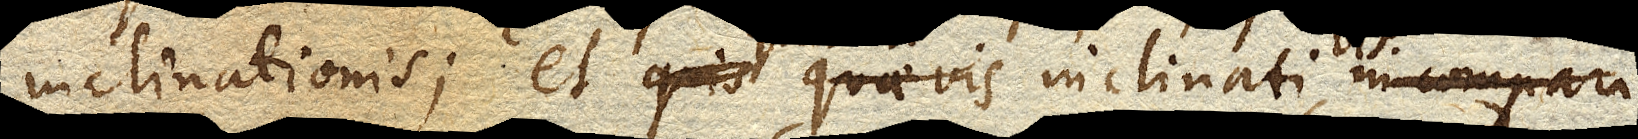
inclinationis; et quis quae vis inclinati in compara